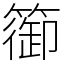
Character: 篽